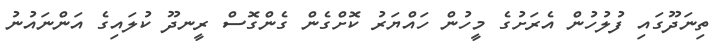
ތިނަދޫގައި ފުލުހުން އެރަށުގެ މީހުން ހައްޔަރު ކޮށްގެން ގެންގޮސް ރީނދޫ ކުލައިގެ އަންނައުނު